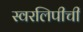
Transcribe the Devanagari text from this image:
स्वरलिपीची